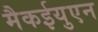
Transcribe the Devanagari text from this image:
मैकईयुएन